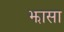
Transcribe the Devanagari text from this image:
झासा